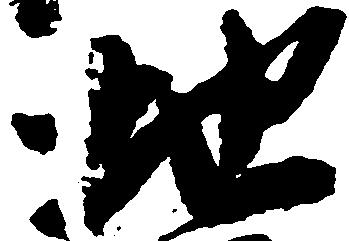
地